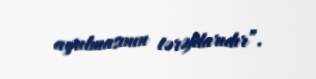
ayrılmasının tərəfdarıdır”.